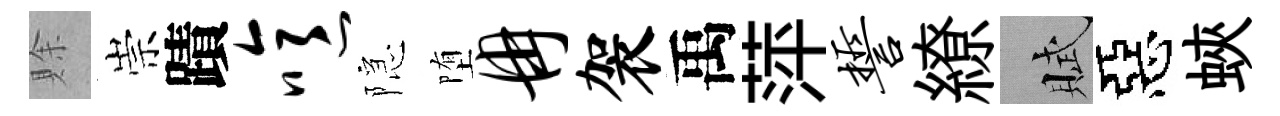
賖崇蹟噫隠堕冉袈禹萍誓繚賦惡蛺